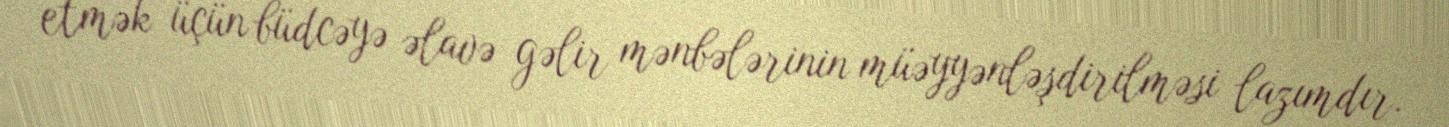
etmək üçün büdcəyə əlavə gəlir mənbələrinin müəyyənləşdirilməsi lazımdır.